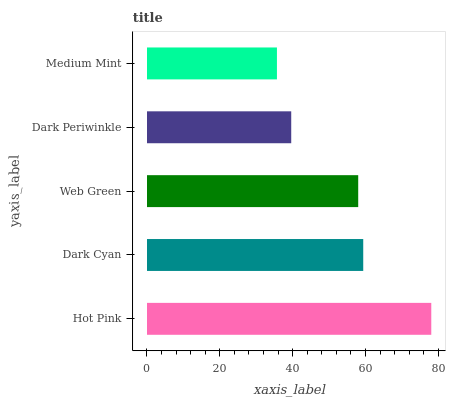
| yaxis_label | bars |
 | --- | --- |
 | Hot Pink | 78.1 |
 | Dark Cyan | 59.4 |
 | Web Green | 58 |
 | Dark Periwinkle | 39.6 |
 | Medium Mint | 35.7 |